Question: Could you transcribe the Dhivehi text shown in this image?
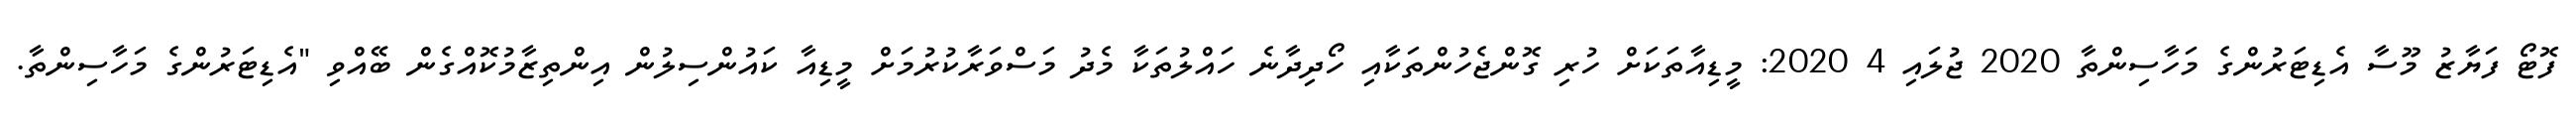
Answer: ފޮޓޯ ފަޔާޒު މޫސާ އެޑިޓަރުންގެ މަހާސިންތާ 2020 ޖުލައި 4 2020: މީޑިއާތަކަށް ހުރި ގޮންޖެހުންތަކާއި ހޯދިދާނެ ހައްލުތަކާ މެދު މަސްވަރާކުރުމަށް މީޑިއާ ކައުންސިލުން އިންތިޒާމުކޮއްގެން ބޭއްވި "އެޑިޓަރުންގެ މަހާސިންތާ.